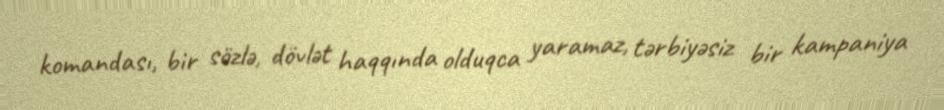
komandası, bir sözlə, dövlət haqqında olduqca yaramaz, tərbiyəsiz bir kampaniya